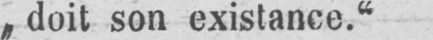
„doit son existance.“